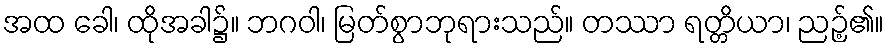
အထ ခေါ၊ ထိုအခါ၌။ ဘဂဝါ၊ မြတ်စွာဘုရားသည်။ တဿာ ရတ္တိယာ၊ ညဉ့်၏။